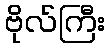
ဗိုလ်ကြီး